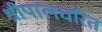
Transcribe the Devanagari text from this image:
श्रीपालचरित